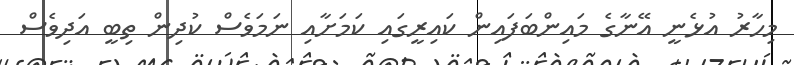
މިހާރު އުޅެނީ އޭނާގެ މައިންބަފައިން ކައިރީގައި ކަމަށާއި ނަމަވެސް ކުދިން ތިބީ އަދިވެސް